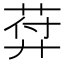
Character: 𦲱